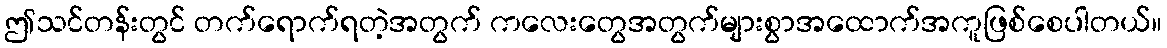
ဤသင်တန်းတွင် တက်ရောက်ရတဲ့အတွက် ကလေးတွေအတွက်များစွာအထောက်အကူဖြစ်စေပါတယ်။